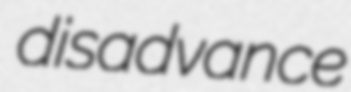
disadvance